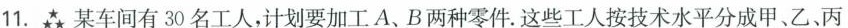
11. 某车间有30名工人，计划要加工A、B两种零件。这些工人按技术水平分成甲、乙、丙